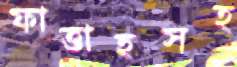
ফাত্তাহসহ